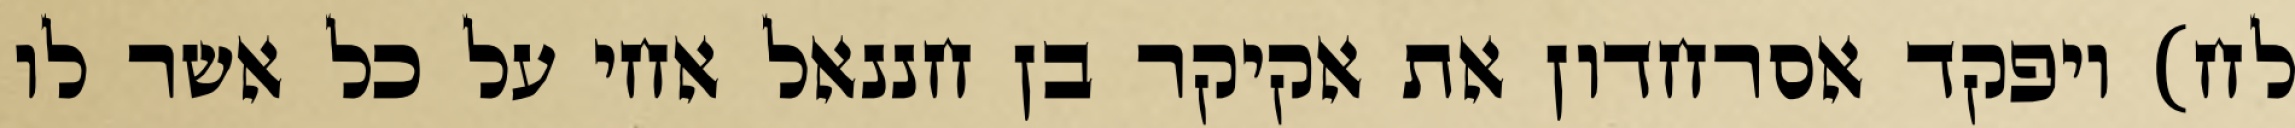
לח) ויפקד אסרחדון את אקיקר בן חננאל אחי על כל אשר לו